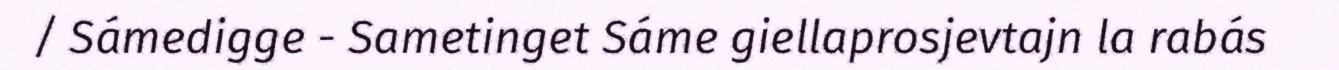
/ Sámedigge - Sametinget Sáme giellaprosjevtajn la rabás